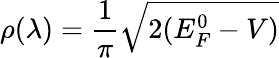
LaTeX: \rho(\lambda)=\frac{1}{\pi}\sqrt{2(E_{F}^{0}-V)}